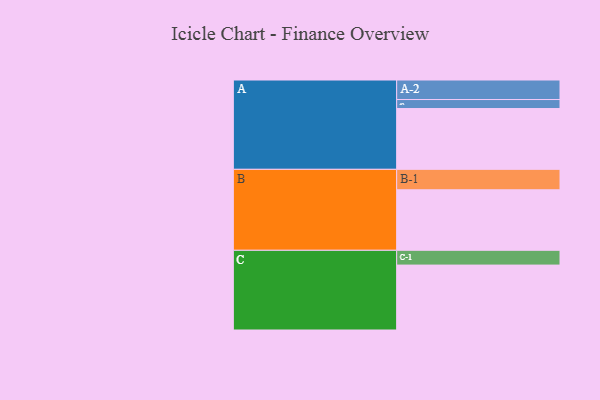
{"axis": {"x": "Segment", "y": "Value"}, "legend": ["", "A", "B", "C"], "data": [{"x": "A", "y": 473, "type": ""}, {"x": "B", "y": 471, "type": ""}, {"x": "C", "y": 505, "type": ""}, {"x": "A-1", "y": 70, "type": "A"}, {"x": "A-2", "y": 152, "type": "A"}, {"x": "B-1", "y": 159, "type": "B"}, {"x": "C-1", "y": 115, "type": "C"}]}